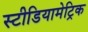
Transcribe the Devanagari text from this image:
स्टीडियामेट्रिक